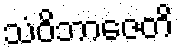
သံဝိဘာဇေတိ